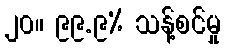
၂၀။ ၉၉.၉% သန့်စင်မှု